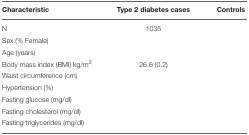
<table><thead><tr><td><b>Characteristic</b></td><td><b>Type 2 diabetes cases</b></td><td><b>Controls</b></td></tr></thead><tbody><tr><td>N</td><td>1035</td><td>[EMPTY_CELL]</td></tr><tr><td>Sex (% Female)</td><td>[EMPTY_CELL]</td><td>[EMPTY_CELL]</td></tr><tr><td>Age (years)</td><td>[EMPTY_CELL]</td><td>[EMPTY_CELL]</td></tr><tr><td>Body mass index (BMI) kg/m<sup>2</sup></td><td>26.6 (0.2)</td><td>[EMPTY_CELL]</td></tr><tr><td>Waist circumference (cm)</td><td>[EMPTY_CELL]</td><td>[EMPTY_CELL]</td></tr><tr><td>Hypertension (%)</td><td>[EMPTY_CELL]</td><td>[EMPTY_CELL]</td></tr><tr><td>Fasting glucose (mg/dl)</td><td>[EMPTY_CELL]</td><td>[EMPTY_CELL]</td></tr><tr><td>Fasting cholesterol (mg/dl)</td><td>[EMPTY_CELL]</td><td>[EMPTY_CELL]</td></tr><tr><td>Fasting triglycerides (mg/dl)</td><td>[EMPTY_CELL]</td><td>[EMPTY_CELL]</td></tr></tbody></table>